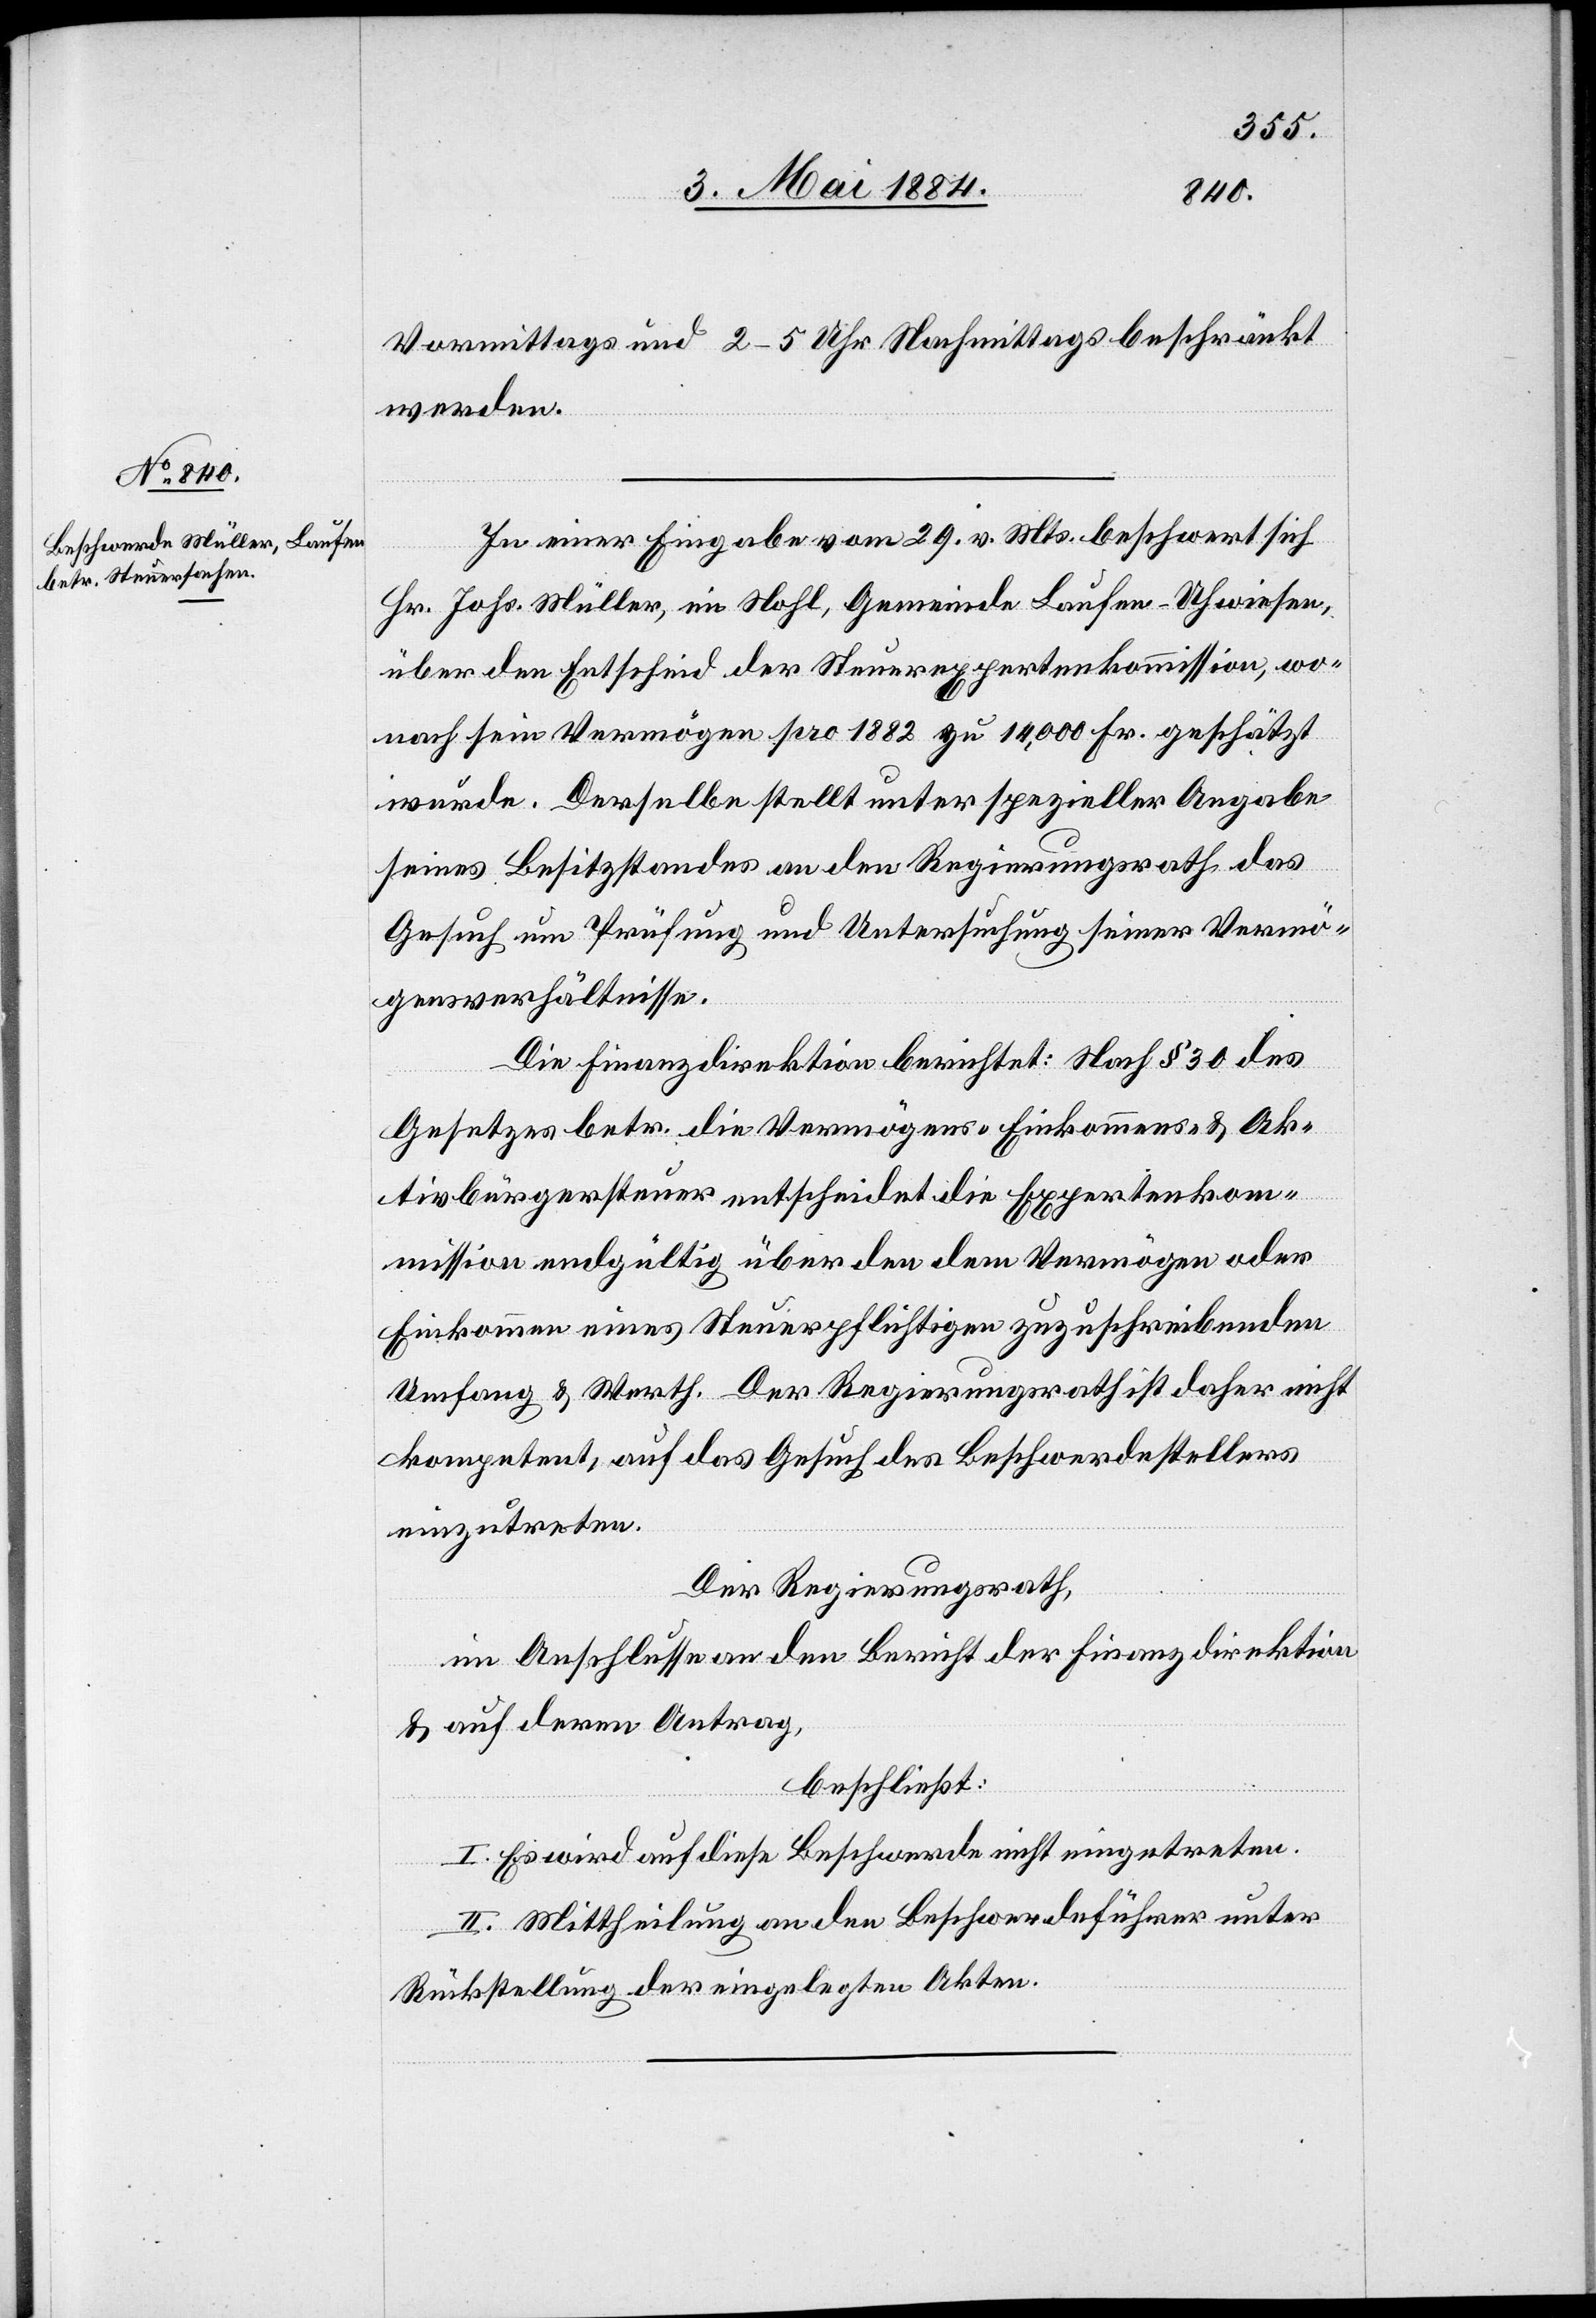
Vormittags und 2–5 Uhr Nachmittags beschränkt
werden.
In einer Eingabe vom 29. v. Mts. beschwert sich
Hr. Johs. Müller, im Nohl, Gemeinde Laufen-Uhwiesen,
über den Entscheid der Steuerexpertenkommission, wo¬
nach sein Vermögen pro 1882 zu 14,000 Fr. geschätzt
wurde. Derselbe stellt unter spezieller Angabe
seines Besitzstandes an den Regierungsrath das
Gesuch um Prüfung und Untersuchung seiner Vermö¬
gensverhältnisse.
Die Finanzdirektion berichtet: Nach § 30 des
Gesetzes betr. die Vermögens-[,] Einkommens- & Ak¬
tivbürgersteuer entscheidet die Expertenkom¬
mission endgültig über den dem Vermögen oder
Einkommen eines Steuerpflichtigen zuzuschreibenden
Umfang & Werth. Der Regierungsrath ist daher nicht
kompetent, auf das Gesuch des Beschwerdestellers
einzutreten.
Der Regierungsrath,
im Anschlusse an den Bericht der Finanzdirektion
& auf deren Antrag,
beschließt:
I. Es wird auf diese Beschwerde nicht eingetreten.
II. Mittheilung an den Beschwerdeführer unter
Rückstellung der eingelegten Akten.